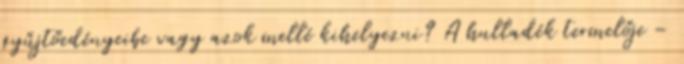
gyűjtőedényeibe vagy azok mellé kihelyezni? A hulladék termelője –